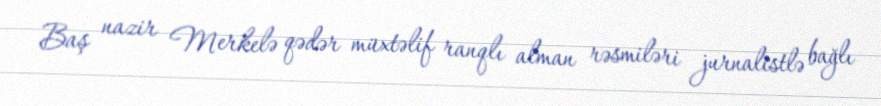
Baş nazir Merkelə qədər müxtəlif ranqlı alman rəsmiləri jurnalistlə bağlı